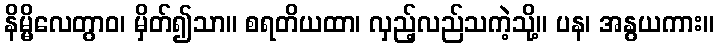
နိမ္မိလေတွာဝ၊ မှိတ်၍သာ။ စရတိယထာ၊ လှည့်လည်သကဲ့သို့။ ပန၊ အနွယကား။